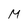
Character: M